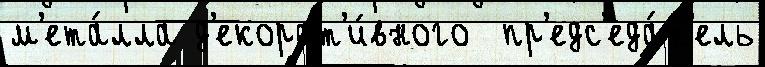
м'ета́лла д'екорат'и́вного  пр'едс'еда́т'ель